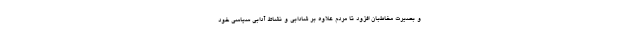
و بصیرت مخاطبان افزود تا مردم علاوه بر شادابی و نشاط آدابی سیاسی خود